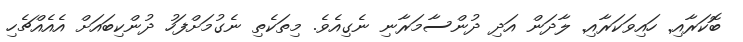
ބޮކަރާއި